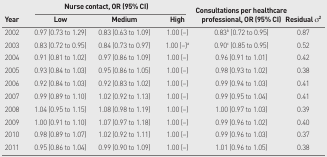
| <ROWSPAN=3> Year | <COLSPAN=3> Nurse contact, OR (95% CI) | <ROWSPAN=3> Consultations per healthcare professional, OR (95% CI) | <ROWSPAN=3> Residual σ2 |
 | Low | Medium | High |
 | --- | --- | --- | --- | --- | --- |
 | 2002 | 0.97 (0.73 to 1.29) | 0.83 (0.63 to 1.09) | 1.00 (−) | 0.83b (0.72 to 0.95) | 0.87 |
 | 2003 | 0.83 (0.72 to 0.95) | 0.84 (0.73 to 0.97) | 1.00 (−)a | 0.90c (0.85 to 0.95) | 0.52 |
 | 2004 | 0.91 (0.81 to 1.02) | 0.97 (0.86 to 1.09) | 1.00 (−) | 0.96 (0.91 to 1.01) | 0.42 |
 | 2005 | 0.93 (0.84 to 1.03) | 0.95 (0.86 to 1.05) | 1.00 (−) | 0.98 (0.93 to 1.02) | 0.38 |
 | 2006 | 0.92 (0.84 to 1.03) | 0.92 (0.83 to 1.02) | 1.00 (−) | 0.99 (0.94 to 1.03) | 0.41 |
 | 2007 | 0.99 (0.89 to 1.10) | 1.02 (0.92 to 1.13) | 1.00 (−) | 0.99 (0.95 to 1.04) | 0.41 |
 | 2008 | 1.04 (0.95 to 1.15) | 1.08 (0.98 to 1.19) | 1.00 (−) | 1.00 (0.97 to 1.03) | 0.39 |
 | 2009 | 1.00 (0.91 to 1.10) | 1.07 (0.97 to 1.18) | 1.00 (−) | 0.99 (0.96 to 1.02) | 0.40 |
 | 2010 | 0.98 (0.89 to 1.07) | 1.02 (0.92 to 1.11) | 1.00 (−) | 0.99 (0.96 to 1.03) | 0.37 |
 | 2011 | 0.95 (0.86 to 1.04) | 0.99 (0.90 to 1.09) | 1.00 (−) | 1.01 (0.96 to 1.05) | 0.38 |